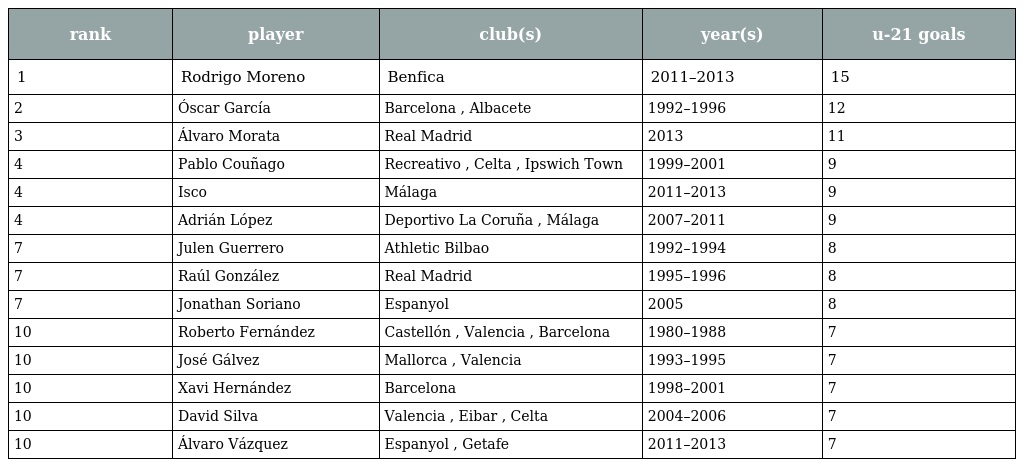
| rank | player | club(s) | year(s) | u-21 goals |
 | --- | --- | --- | --- | --- |
 | 1 | Rodrigo Moreno | Benfica | 2011–2013 | 15 |
 | 2 | Óscar García | Barcelona , Albacete | 1992–1996 | 12 |
 | 3 | Álvaro Morata | Real Madrid | 2013 | 11 |
 | 4 | Pablo Couñago | Recreativo , Celta , Ipswich Town | 1999–2001 | 9 |
 | 4 | Isco | Málaga | 2011–2013 | 9 |
 | 4 | Adrián López | Deportivo La Coruña , Málaga | 2007–2011 | 9 |
 | 7 | Julen Guerrero | Athletic Bilbao | 1992–1994 | 8 |
 | 7 | Raúl González | Real Madrid | 1995–1996 | 8 |
 | 7 | Jonathan Soriano | Espanyol | 2005 | 8 |
 | 10 | Roberto Fernández | Castellón , Valencia , Barcelona | 1980–1988 | 7 |
 | 10 | José Gálvez | Mallorca , Valencia | 1993–1995 | 7 |
 | 10 | Xavi Hernández | Barcelona | 1998–2001 | 7 |
 | 10 | David Silva | Valencia , Eibar , Celta | 2004–2006 | 7 |
 | 10 | Álvaro Vázquez | Espanyol , Getafe | 2011–2013 | 7 |